Indian Civil Veterinary Department memoirs
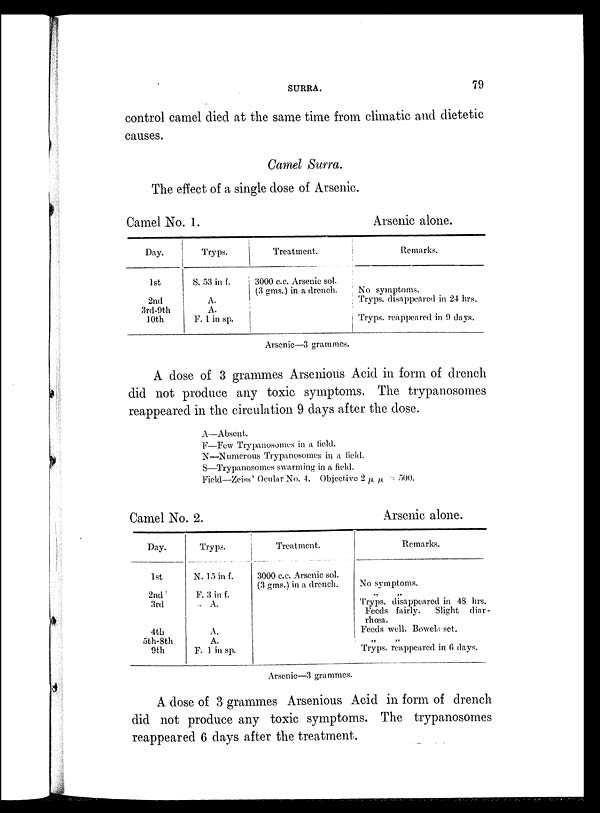
SURRA.
79
control camel died at the same time from climatic and dietetic
causes.
Camel Surra.
The effect of a single dose of Arsenic.
Camel No. 1.
Day.
1st
2nd
3rd-9th
10th
Tryps.
S. 53 in f.
A.
A.
F. 1 in sp.
Treatment.
3000 c.c. Arsenic sol.
(3 gms.) in a drench.
Arsenic alone.
Remarks.
No symptoms.
Tryps. disappeared in 24 hrs.
Tryps. reappeared in 9 days.
Arsenic—3 grammes.
A dose of 3 grammes Arsenious Acid in form of drench
did not produce any toxic symptoms. The trypanosomes
reappeared in the circulation 9 days after the dose.
A—Absent.
F—Few Trypanosomes in a field.
N—Numerous Trypanosomes in a field.
S—Trypanosomes swarming in a field.
Field—Zeiss' Ocular No. 4. Objective 2 µ µ = 500.
Camel No. 2.
Bay.
1st
2nd
3rd
4th
5th-8th
9th
Tryps.
N. 15 in f.
F. 3 in f.
A.
A.
A.
F. 1 in sp.
Treatment.
3000 c.c. Arsenic sol.
(3 gms.) in a drench.
Arsenic alone.
Remarks.
No symptoms.
„
„
Tryps. disappeared in 48 hrs.
Feeds fairly.
Slight diar-
rhœa.
Feeds well. Bowels set.
„
„
Tryps. reappeared in 6 days.
Arsenic—3 grammes.
A dose of 3 grammes Arsenious Acid in form of drench
did not produce any toxic symptoms. The trypanosomes
reappeared 6 days after the treatment.